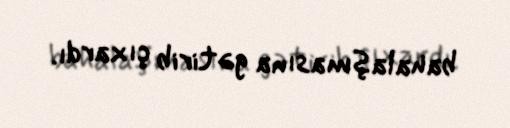
bahalaşmasına gətirib çıxardı.